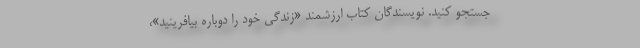
جستجو کنید. نویسندگان کتاب ارزشمند «زندگی خود را دوباره بیافرینید»،